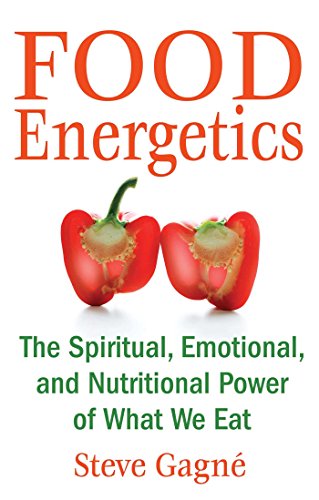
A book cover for Food Energetics: The Spiritual, Emotional, and Nutritional Power of What We Eat; Steve GagnÃ©; Health, Fitness & Dieting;